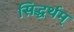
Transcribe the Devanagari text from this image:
सिद्धर्थम्